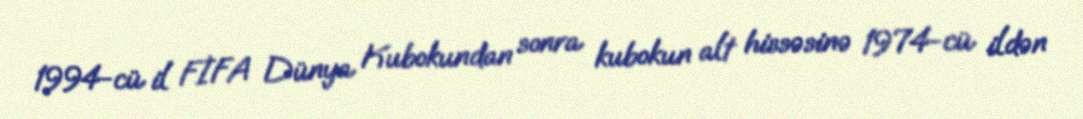
1994-cü il FİFA Dünya Kubokundan sonra kubokun alt hissəsinə 1974-cü ildən